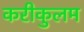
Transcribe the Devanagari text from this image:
करीकुलम